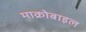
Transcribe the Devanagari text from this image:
माक्रोबाइल